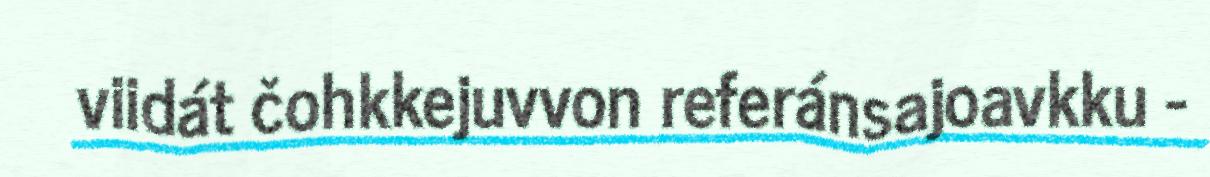
viidát čohkkejuvvon referánsajoavkku -